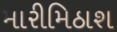
મારીમિઠાશ